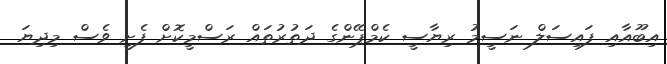
އިބޫއާއި ފައިސަލް ނަސީމު ރިޔާސީ ކެމްޕޭންގެ ދަތުރުތައް ރަސްމީކޮށް ފެށީ ވެސް މިދިޔަ